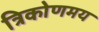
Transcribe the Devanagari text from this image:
त्रिकोणमय